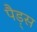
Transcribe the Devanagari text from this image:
पैड़्स